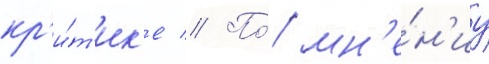
кр'и́т'ик'е // По́ мн'е́н'иу